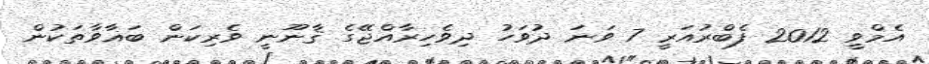
އެމްވީ 2012 ފެބްރުއަރީ 7 ވަނަ ދުވަހު ދިވެހިރާއްޖޭގެ ޤާނޫނީ ވެރިކަން ބަޣާވާތަކުން